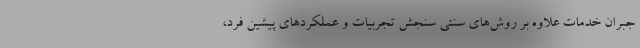
جبران خدمات علاوه بر روش‌های سنتی سنجش تجربیات و عملکردهای پیشین فرد،